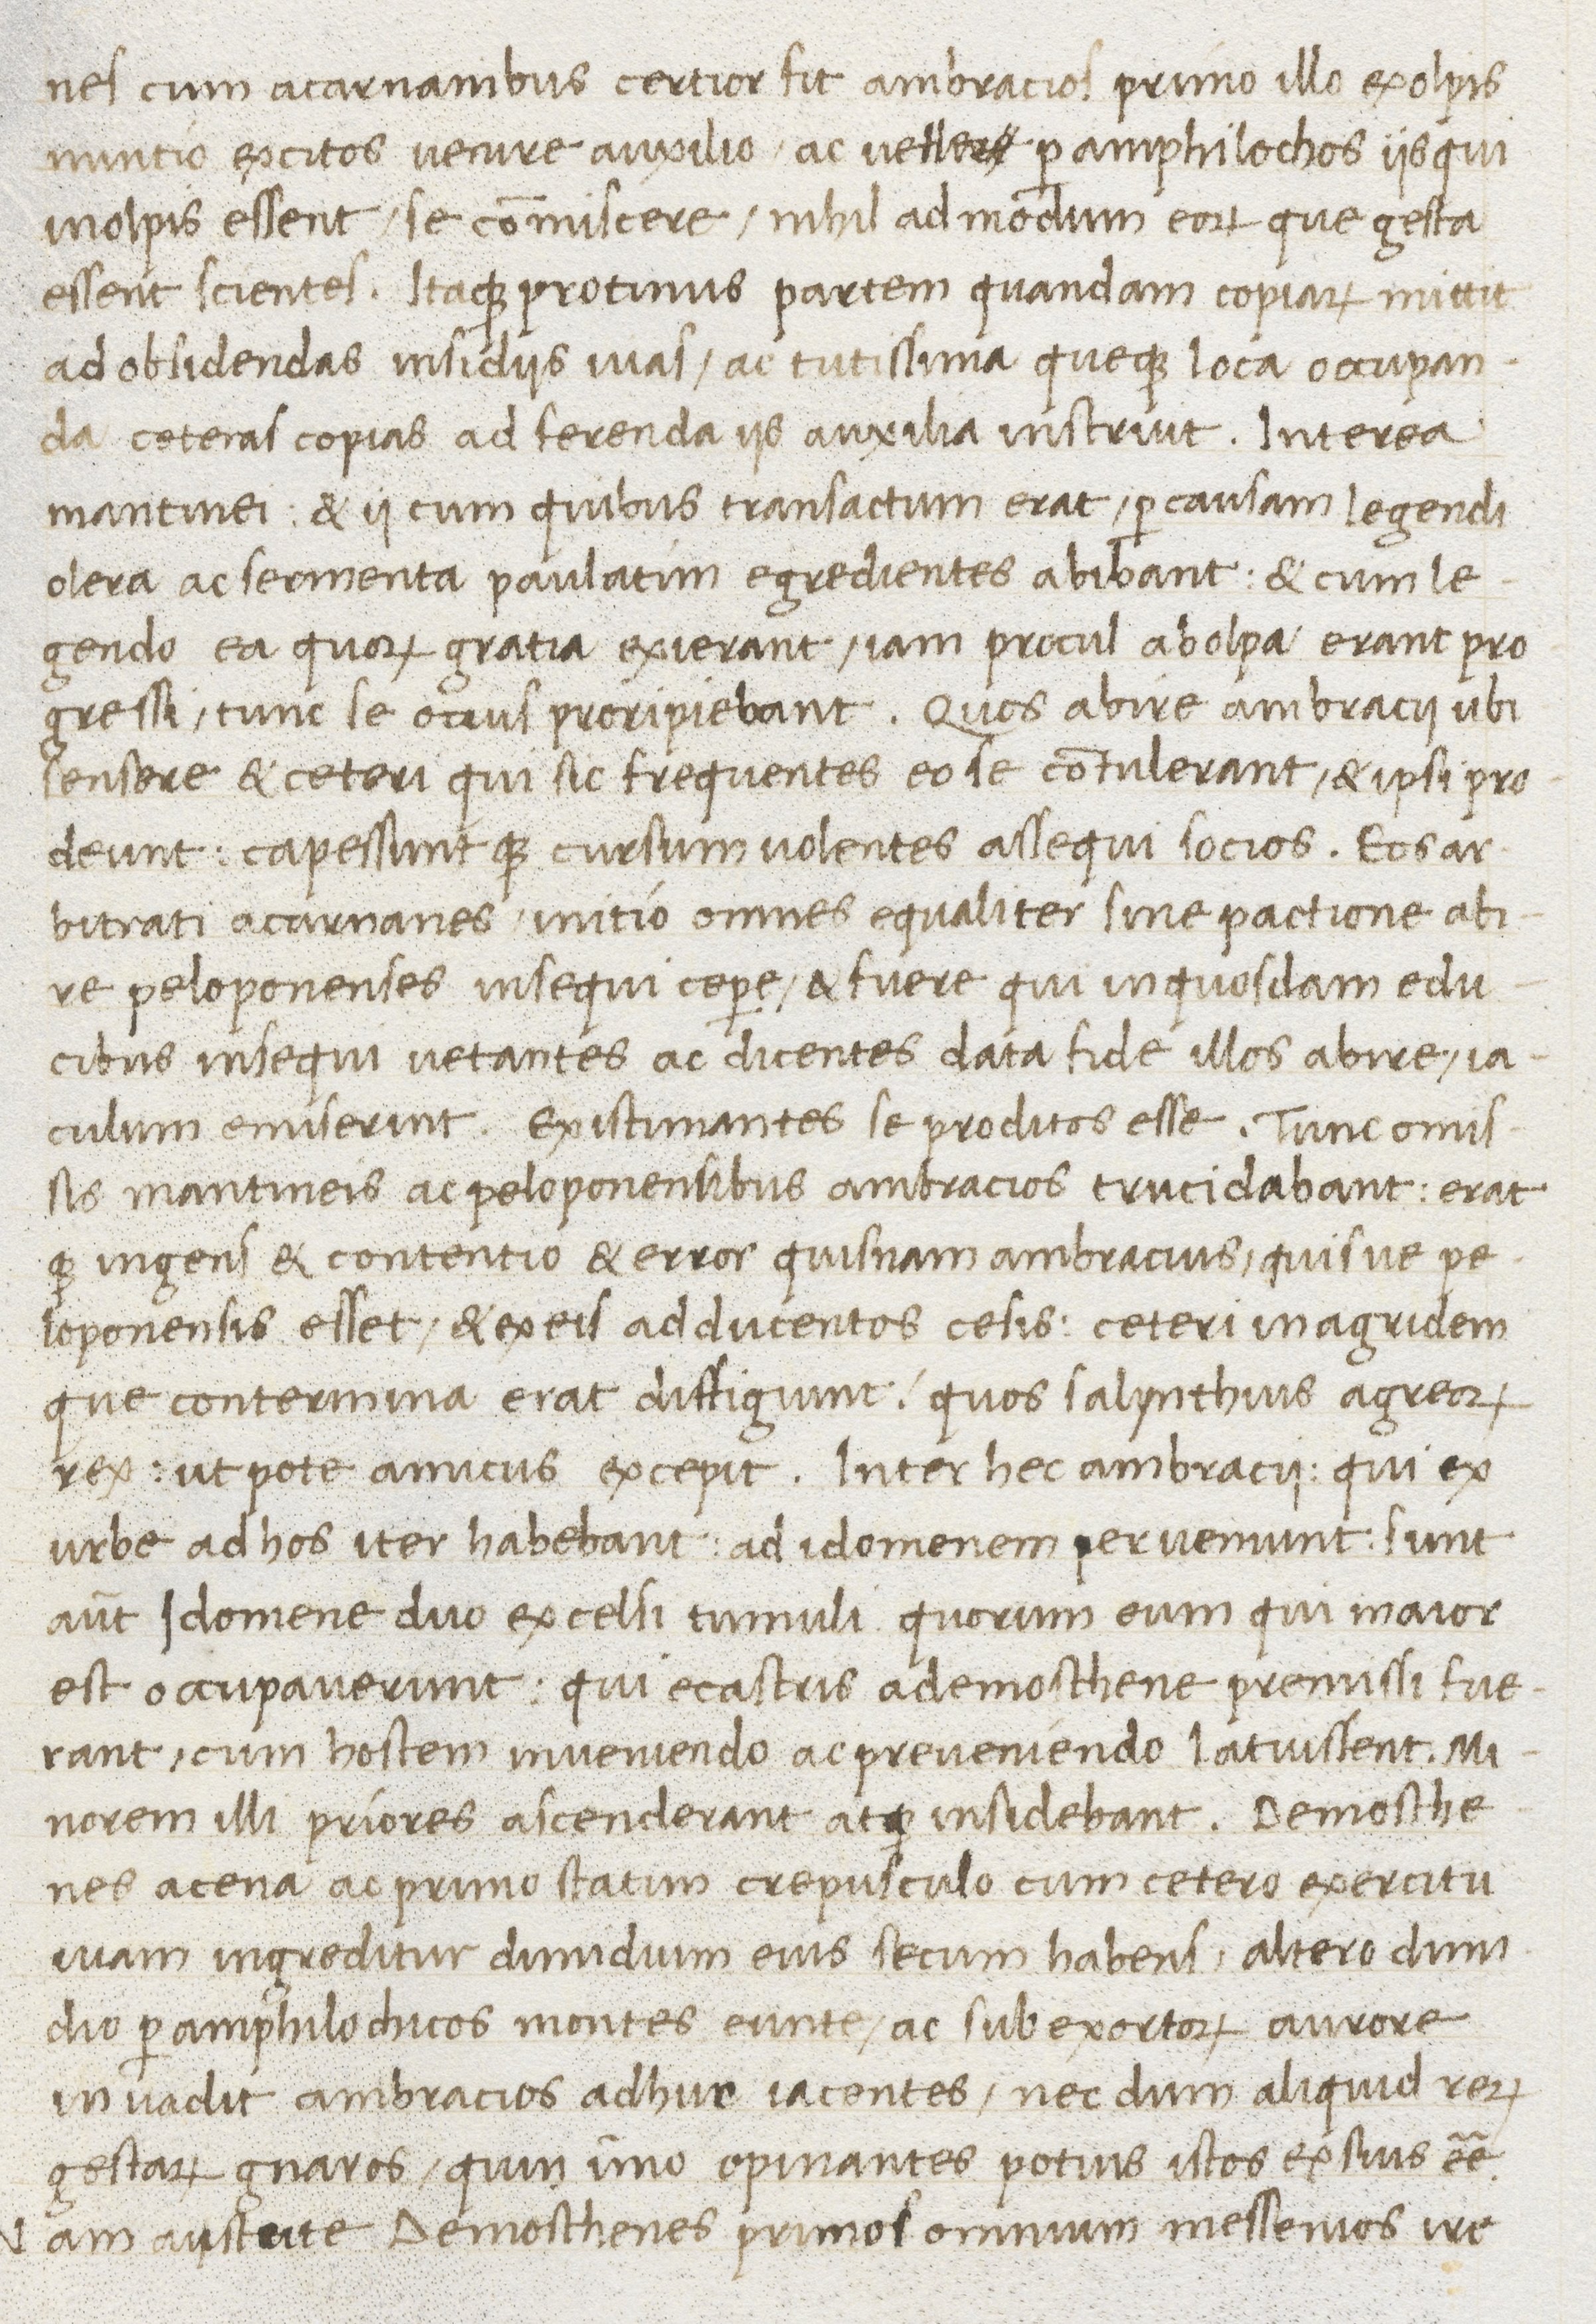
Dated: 1400–1499